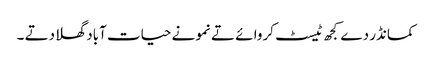
کمانڈر دے کجھ ٹیسٹ کروا ئے تے نمونے حیات آباد گھلا دتے ۔